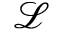
\mathcal { L }